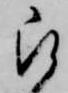
被